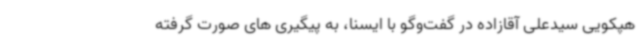
هپکویی سیدعلی آقازاده در گفت‌وگو با ایسنا، به پیگیری های صورت گرفته